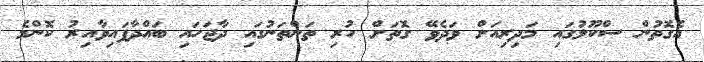
އެގޮތުން ސްކޫލުގައި މަދިރިއަށް ވަދެވޭ ގޮތަށް ހުރި ތަންތަނުގައި ދާޖަހައި ބައްދާފައިވާއިރު ކޮންމެ